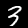
Label: 3